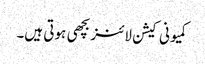
کمیونی کیشن لائنز بچھی ہوتی ہیں۔